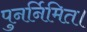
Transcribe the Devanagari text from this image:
पुनर्निमित।